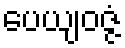
ပေယျဝဇ္ဇံ